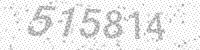
Solution: 515814